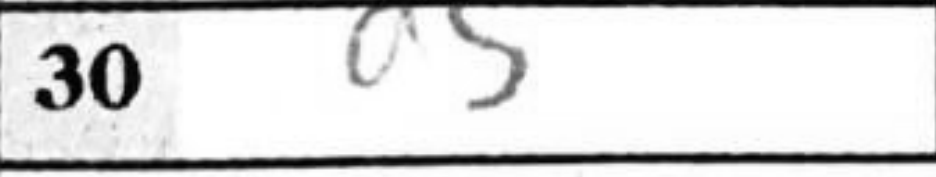
Transcription: d5